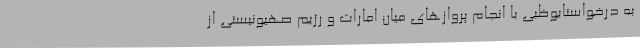
به درخواستابوظبی با انجام پروازهای میان امارات و رژیم صهیونیستی از